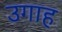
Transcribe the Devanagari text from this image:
उगाह